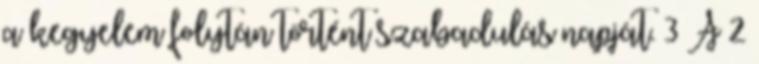
a kegyelem folytán történt szabadulás napját. 3 A 2